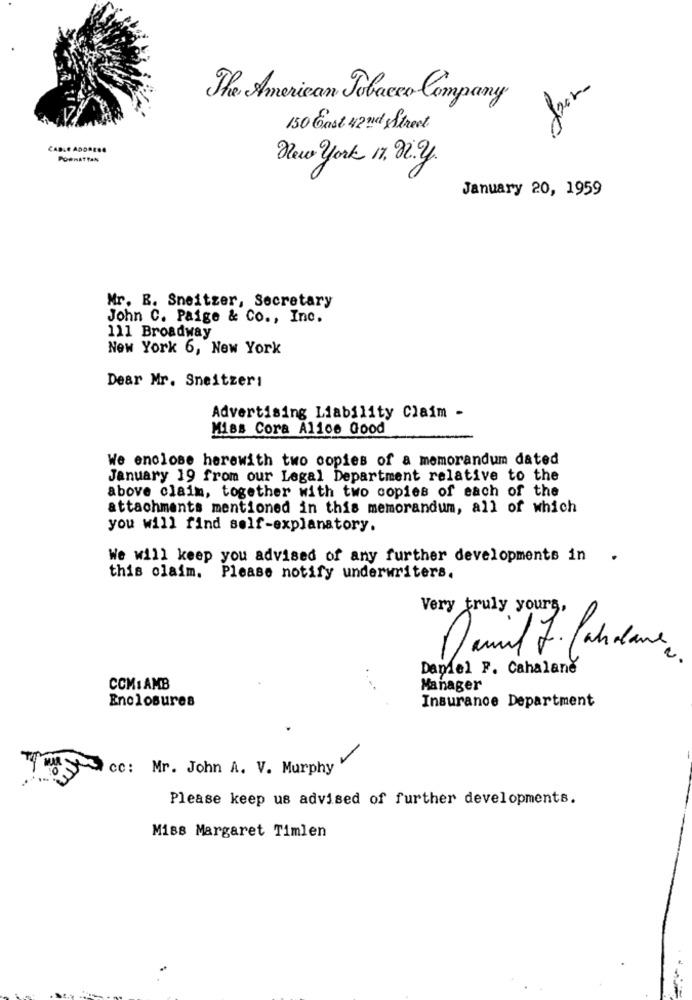
The American Tobacco Company
150 Cast 42 nd Street
CABLE ADDRESS
PORRATTAN
New york 17, 22.2.
January 20, 1959
Mr. R. Sneitzer, Secretary
John C. Paige & Co ., Inc.
111 Broadway
New York 6, New York
Dear Mr. Sneitzeri
Advertising Liability Claim -
Miss Cora Alice Good
We enclose herewith two copies of a memorandum dated
January 19 from our Legal Department relative to the
above claim, together with two copies of each of the
attachments mentioned in this memorandum, all of which
you will find self-explanatory.
We will keep you advised of any further developments in
this claim. Please notify underwriters.
Very truly yours,
Damit F. Cahalane
Daniel F. Cahalane
CCM: AMB
Manager
Enclosures
Insurance Department
MIR
cc: Mr. John A. V. Murphy
Please keep us advised of further developments.
Miss Margaret Timlen